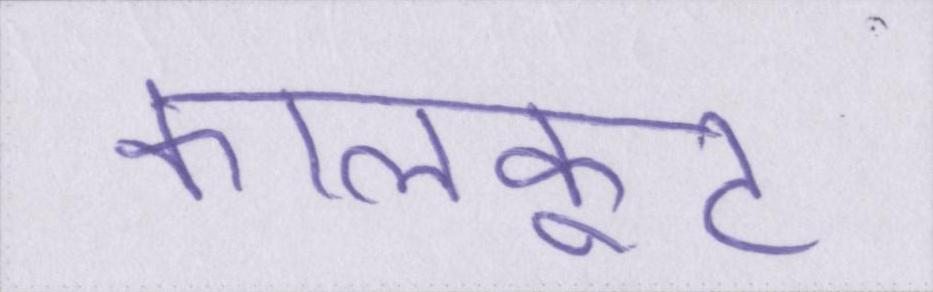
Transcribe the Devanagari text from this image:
कालकूट